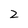
Character: Z